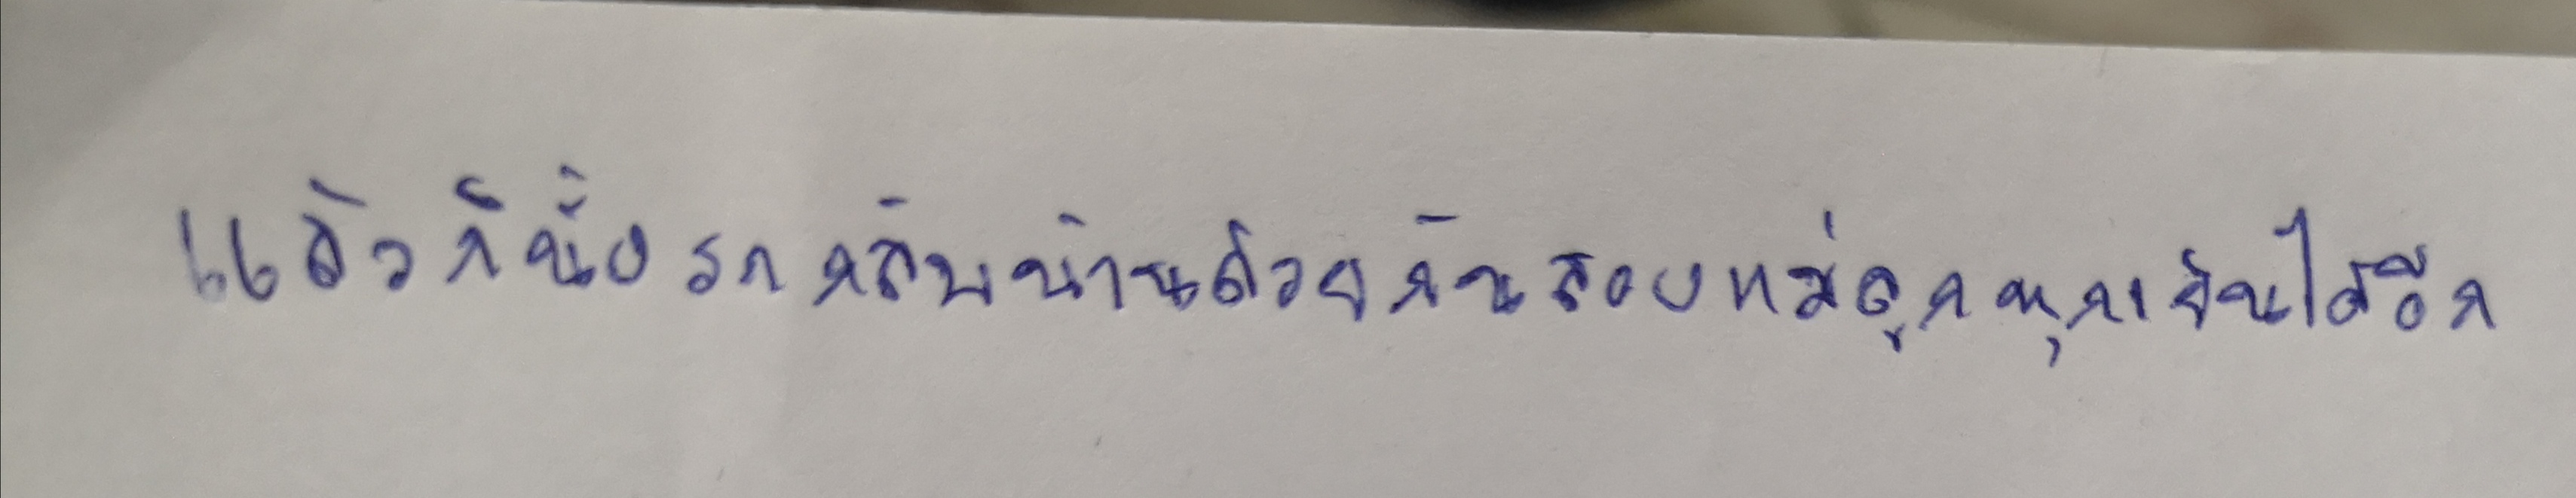
แล้วก็นั่งรถกลับบ้านด้วยกันสองแม่ลูกทุกเย็นได้อีก